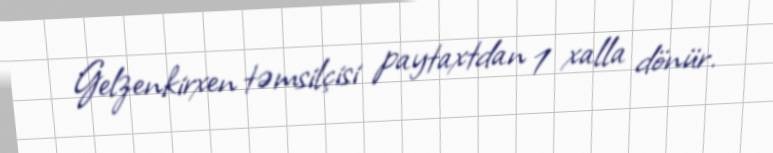
Gelzenkirxen təmsilçisi paytaxtdan 1 xalla dönür.